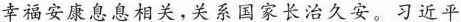
幸福安康息息相关，关系国家长治久安。习近平